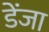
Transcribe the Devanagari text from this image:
डेंजा